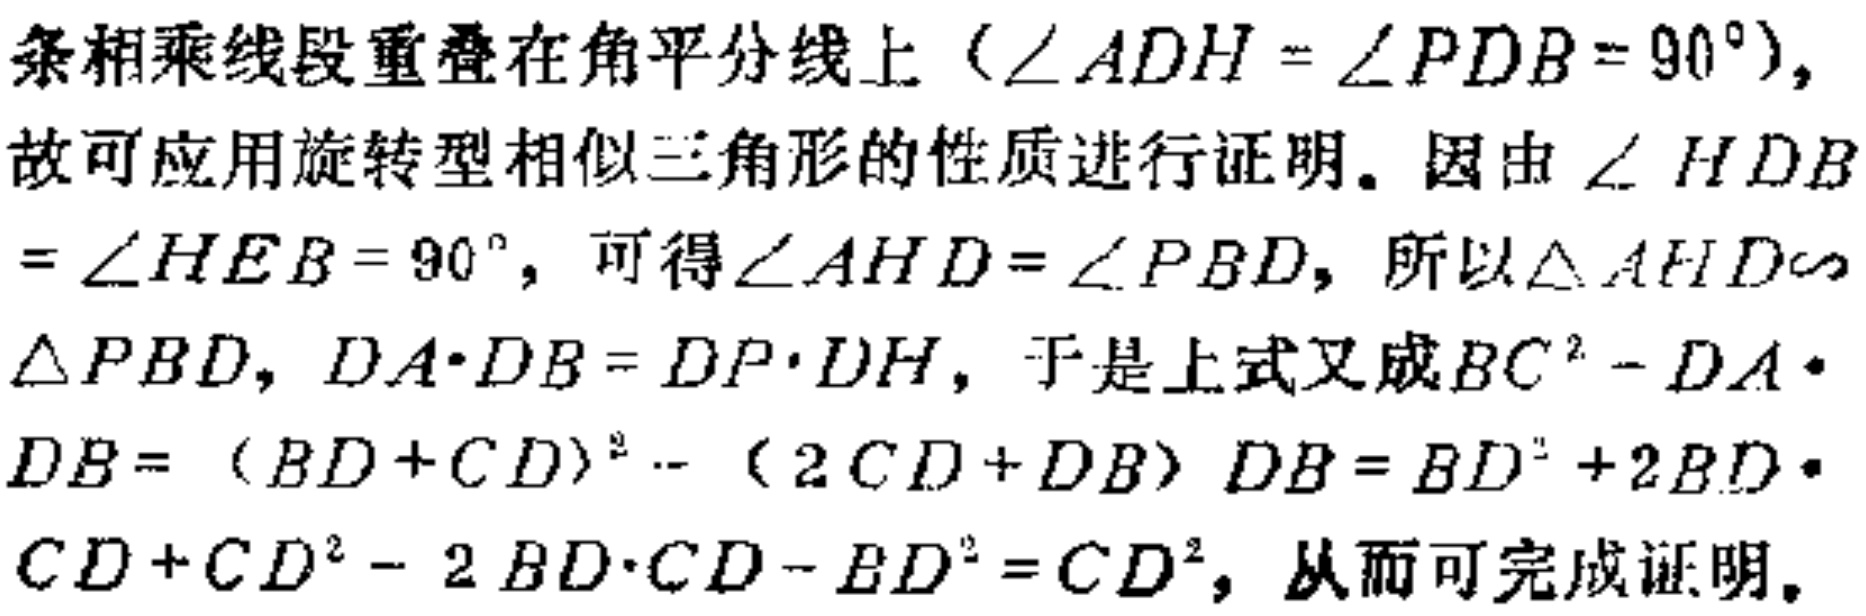
条相乘线段重叠在角平分线上（\(\angle ADH = \angle PDB = 90^{\circ}\)）,
故可应用旋转型相似三角形的性质进行证明。因由 \(\angle HDB\)
\(= \angle HEB = 90^{\circ}\)，可得\(\angle AHD = \angle PBD\)，所以\(\triangle AHD\sim\)
\(\triangle PBD\)，\(DA\cdot DB = DP\cdot DH\)，于是上式又成\(BC^{2} - DA\cdot\)
\(DB = (BD + CD)^{2} - (2CD + DB)DB = BD^{2} + 2BD\cdot\)
\(CD + CD^{2} - 2BD\cdot CD - BD^{2} = CD^{2}\)，从而可完成证明。